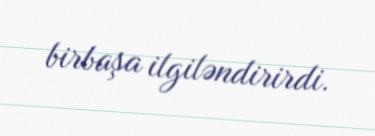
birbaşa ilgiləndirirdi.